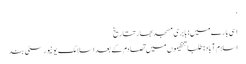
‘
اسی بارے میں: بابری مسجدبھارتتاریخ
اسلام آباد: طلبا تنظیموں میں تصادم کے بعد اسلامک یونیورسٹی بند